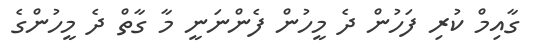
ގާއިމް ކުރި ފަހުން ދެ މީހުން ފެންނަނީ މާ ގާތް ދެ މީހުންގެ